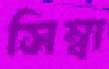
সিম্বা